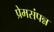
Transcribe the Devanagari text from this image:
प्रेमसंपन्न